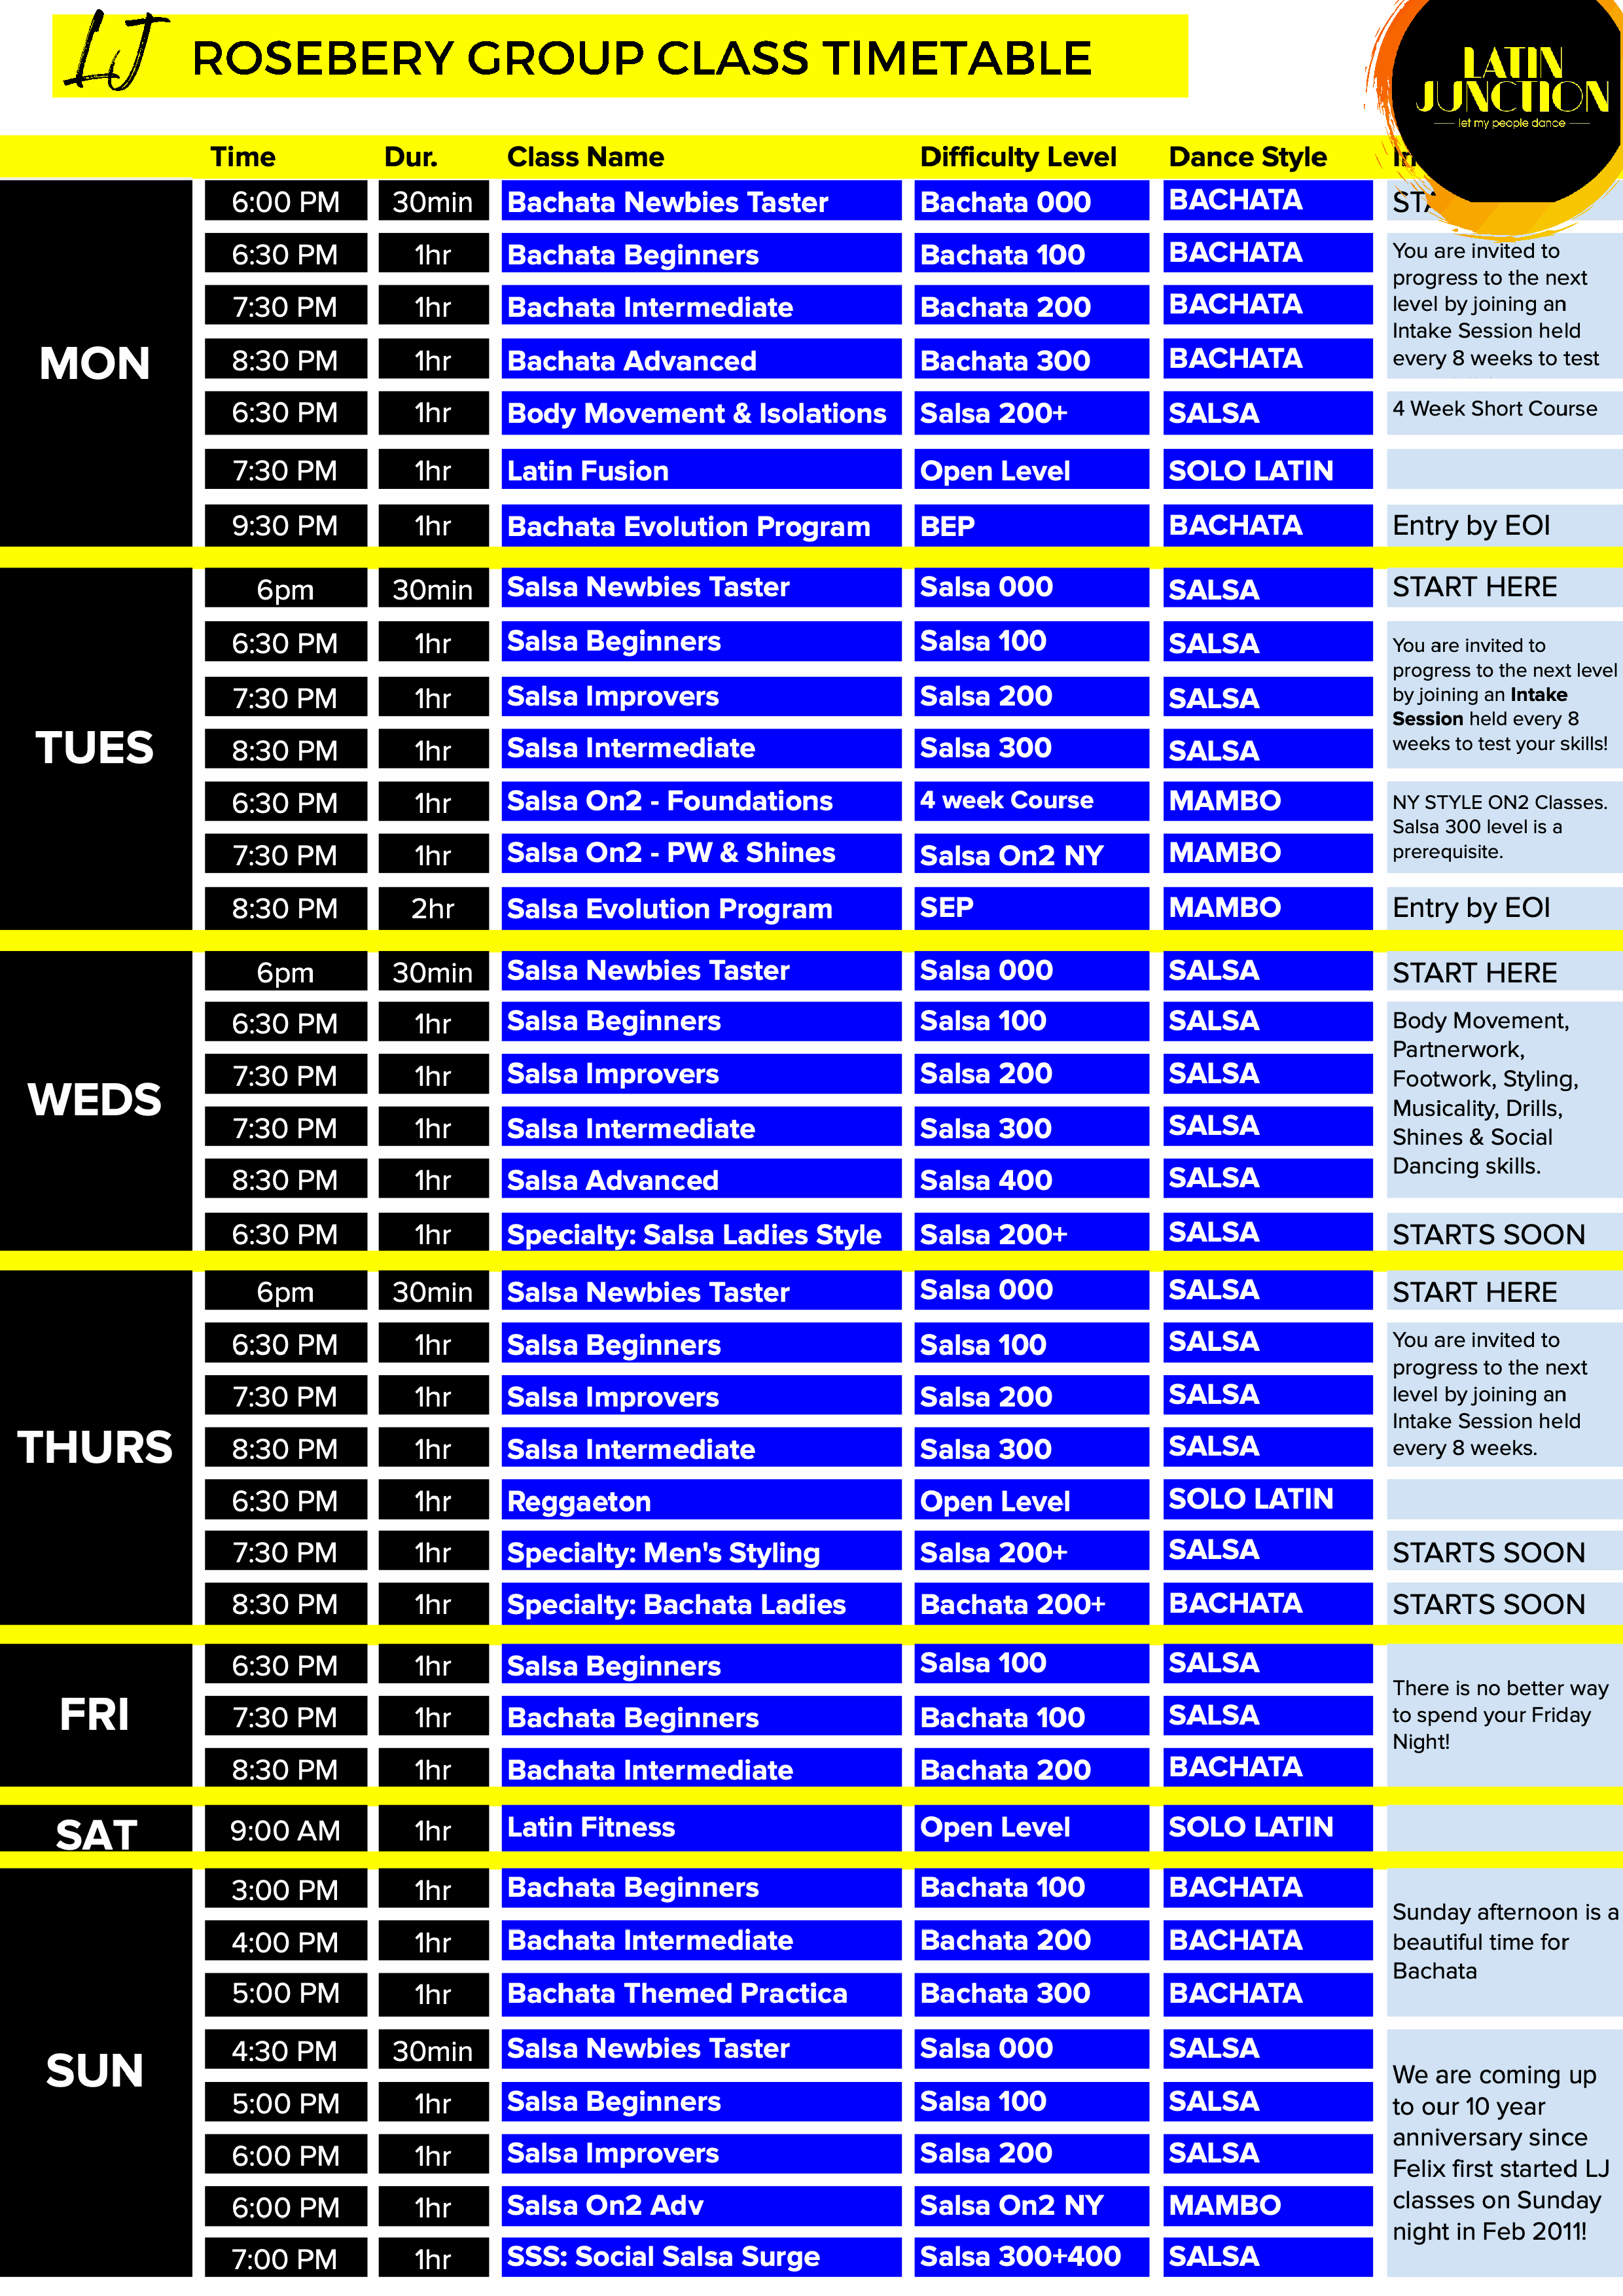
LJ
 ROSEBERY                    GROUP              CLASS            TIMETABLE